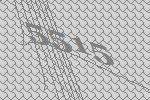
5515